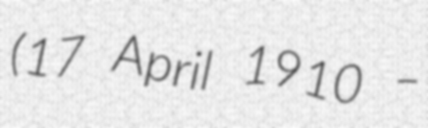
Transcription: (17 April 1910 –